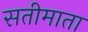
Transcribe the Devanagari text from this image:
सतीमाता